NAE_EAOK_eestikeelsed_sunnimeetrikad, lk 19
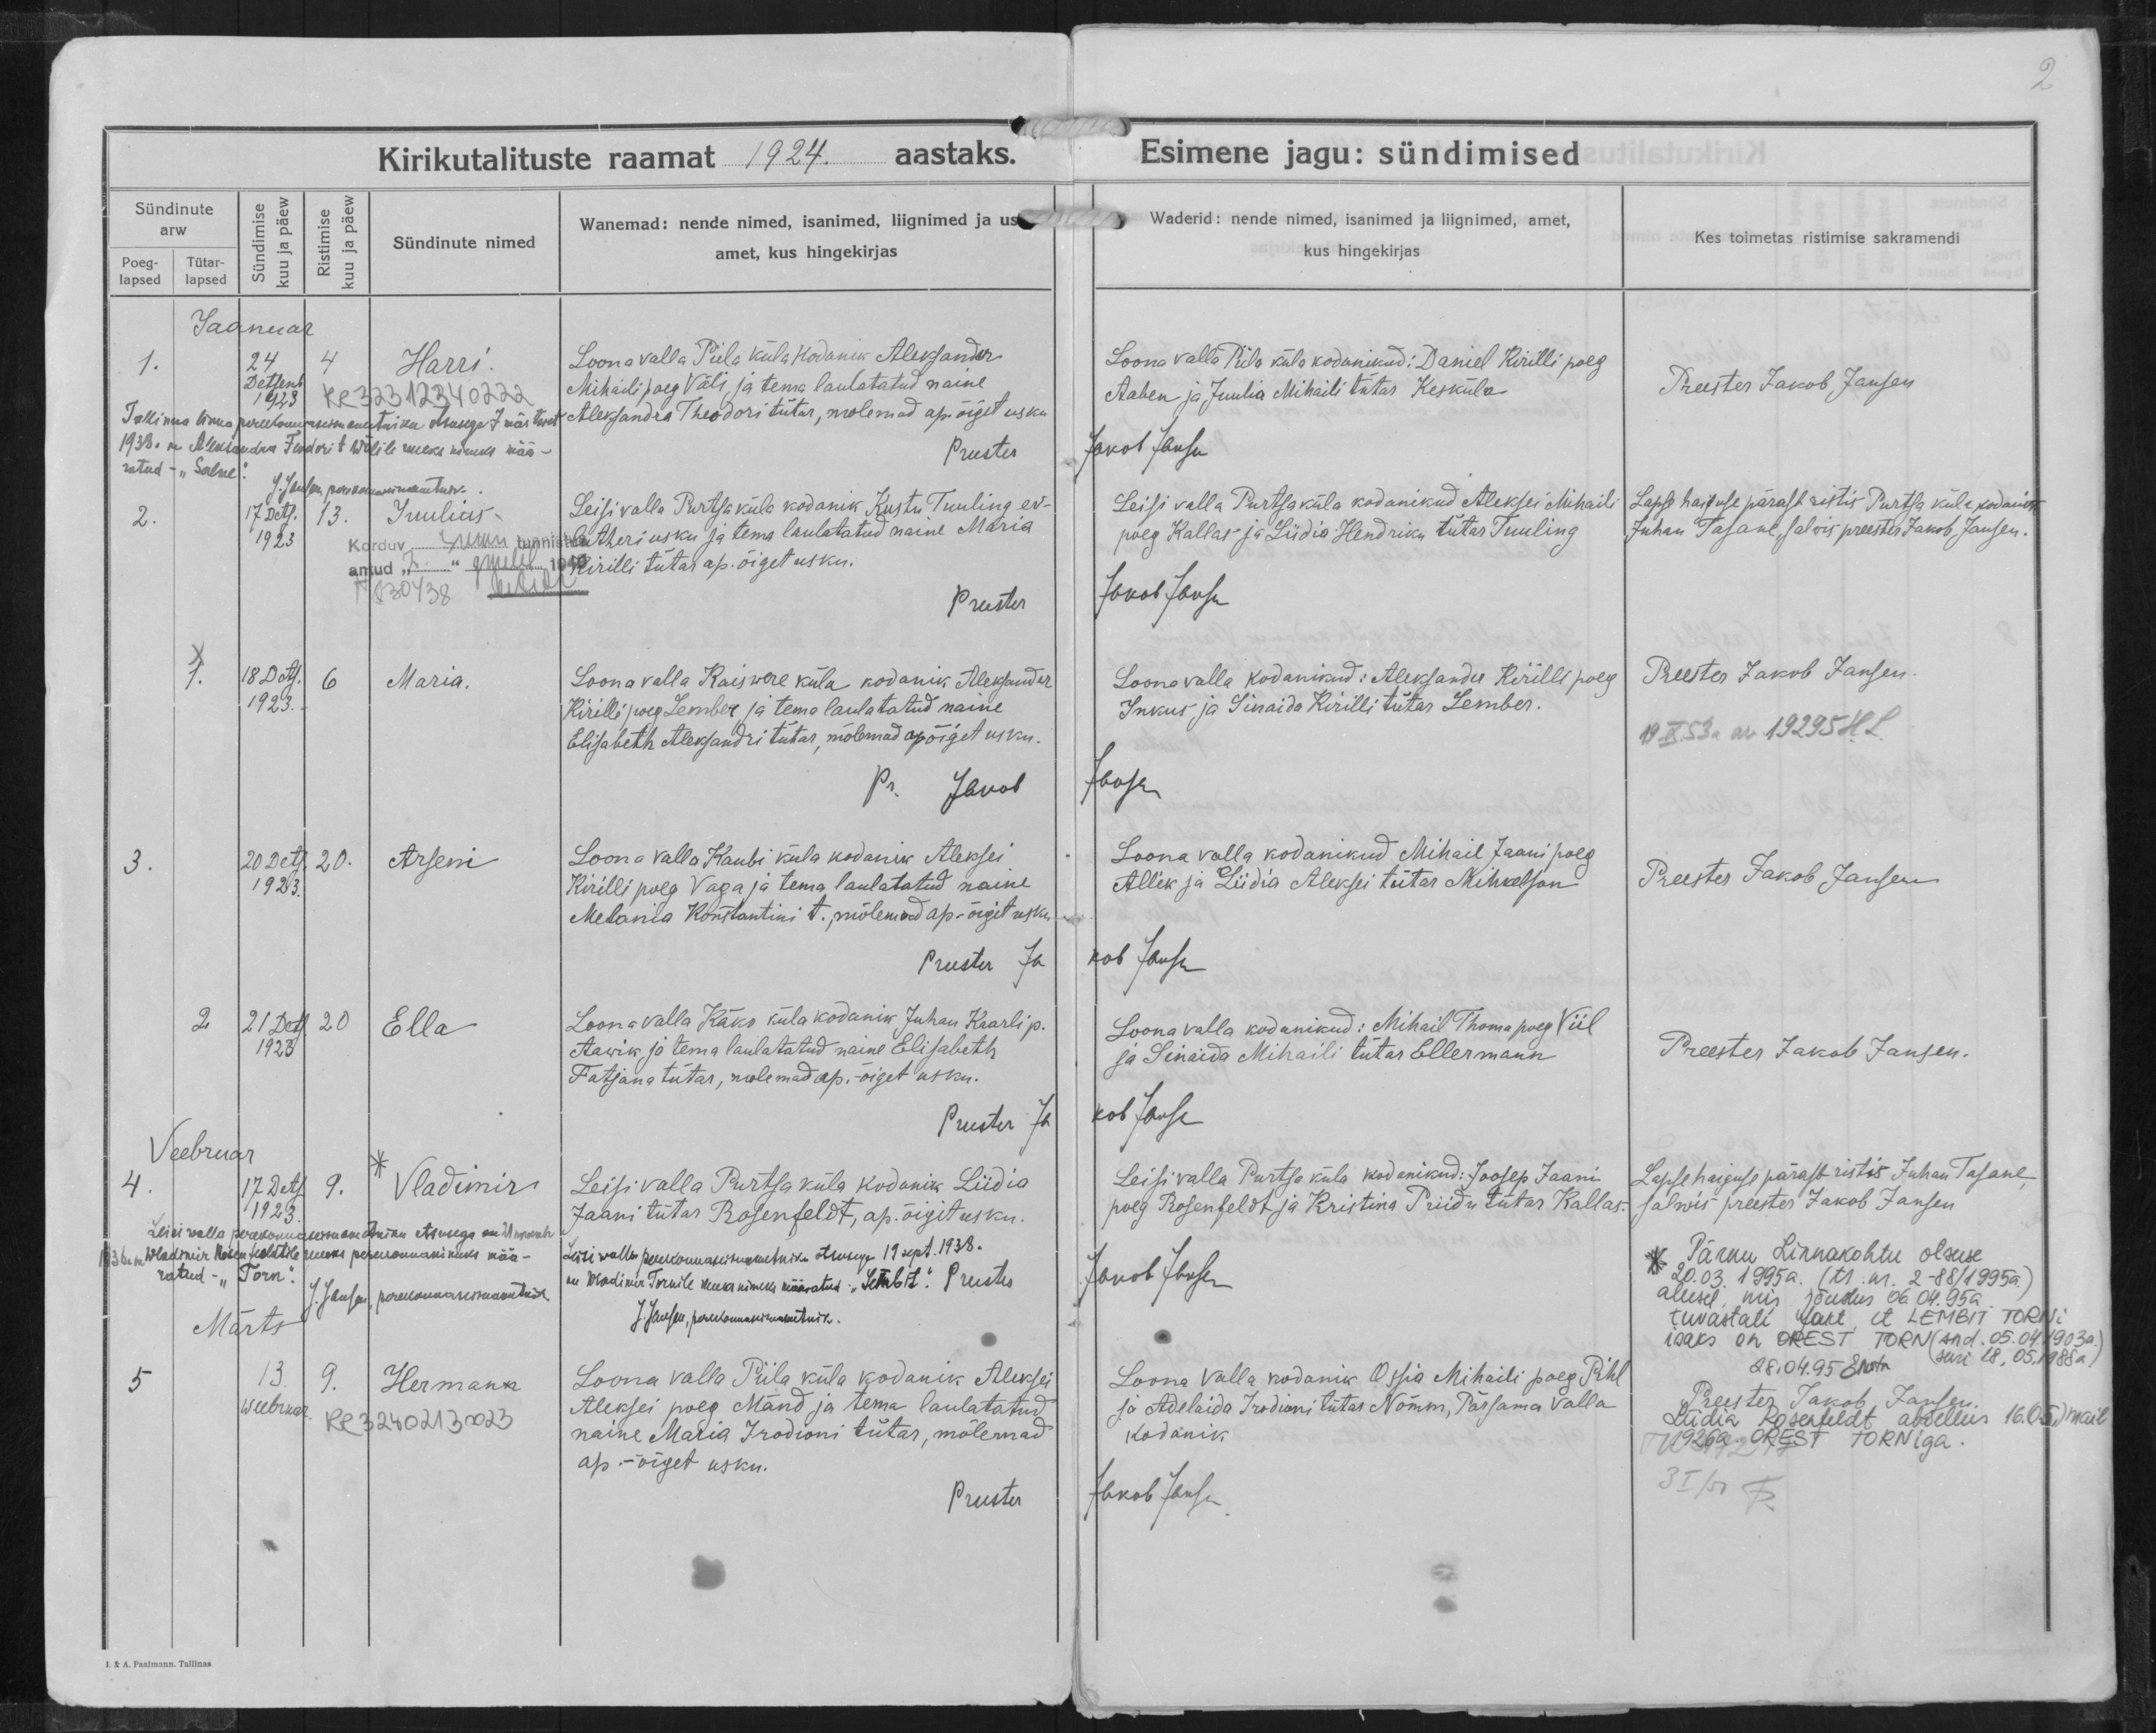
Harri

Juulius

Maria

Arseni

Ella

Vladimir

Herman

Loona valla Piila küla kodanik Aleksander
Mihaili poeg Väli ja tema laulatatud naine
Aleksander Theodori tütar, mõlemad ap. õiget usku.

Leisi valla Purtsa küla kodanik Kustu Tuuling ev-
lutheri usku ja tema laulatatud naine Maria
Kirilli tütar ap. õiget usku.

Loona valla Raiswere küla kodanik Aleksander
Kirilli poeg Lember ja tema laulatatud naine
Elisabeth Aleksandri tütar, mõlemad apõiget usku.

Loona valla Kaubi küla kodanik Aleksei
Kirilli poeg Vaga ja tema laulatatud naine
Melania Konstantini t., mõlemad ap-õiget usku.

Loona valla Käko küla kodanik Juhan Kaarli p.
Aawik ja tema laulatatud naine Elisabeth
Fatjana tütar, mõlemad ap.-õiget usku.

Leisi valla Purtsa küla kodanik Liidia
Jaani tütar Rosenfeldt, ap. õiget usku.

Loona valla Piila küla kodanik Aleksei
Aleksei poeg Mänd ja tema laulatatud
naine Maria Irodioni tütar, mõlemad
ap.-õiget usku.